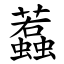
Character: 蠚